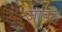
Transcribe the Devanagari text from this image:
ज़ीबह